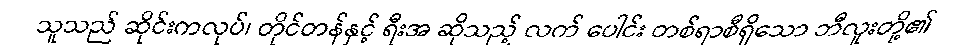
သူသည် ဆိုင်းကလုပ်၊ တိုင်တန်နှင့် ရီးအ ဆိုသည့် လက် ပေါင်း တစ်ရာစီရှိသော ဘီလူးတို့၏